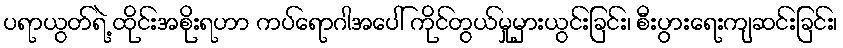
ပရာယွတ်ရဲ့ ထိုင်းအစိုးရဟာ ကပ်ရောဂါအပေါ် ကိုင်တွယ်မှုမှားယွင်းခြင်း၊ စီးပွားရေးကျဆင်းခြင်း၊